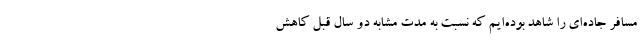
مسافر جاده‌ای را شاهد بوده‌ایم که نسبت به مدت مشابه دو سال قبل کاهش